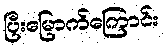
ပြီးမြောက်ကြောင်း